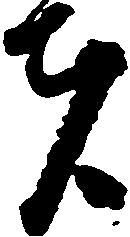
者